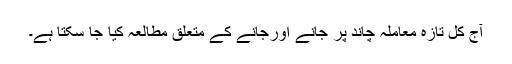
آج کل تازہ معاملہ چاند پر جانے اورجانے کے متعلق مطالعہ کیا جا سکتا ہے۔